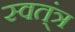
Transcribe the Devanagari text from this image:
स्वत्ंत्र